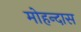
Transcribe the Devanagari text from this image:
मोहन्दास